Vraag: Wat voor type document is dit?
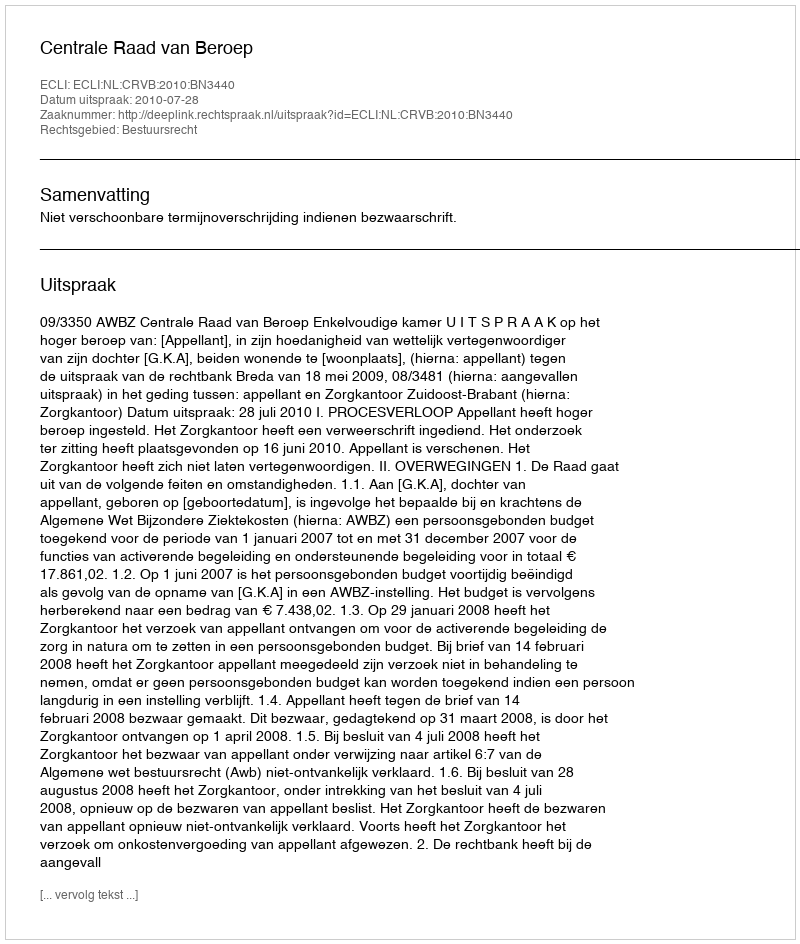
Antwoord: Uitspraak